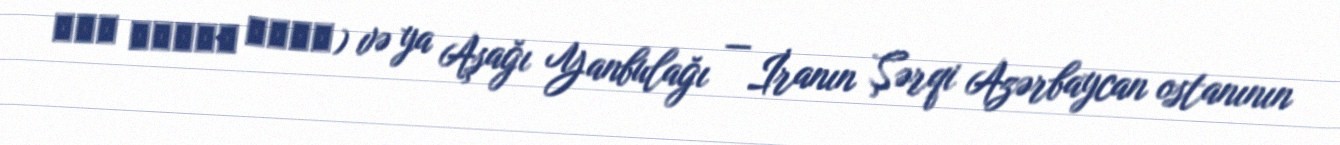
يان بلاغي سفلي) və ya Aşağı Yanbulağı — İranın Şərqi Azərbaycan ostanının